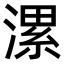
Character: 漯